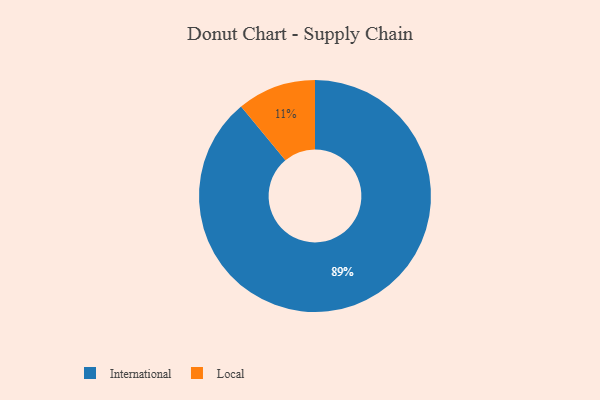
{"axis": {"x": "Category", "y": "Percentage"}, "legend": ["International", "Local"], "data": [{"x": "Local", "y": 11, "type": "Local"}, {"x": "International", "y": 89, "type": "International"}]}